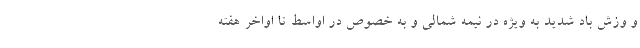
و وزش باد شدید به ویژه در نیمه شمالی و به خصوص در اواسط تا اواخر هفته